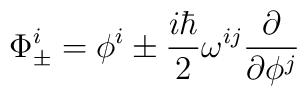
\Phi^{i}_{\pm} = \phi^i \pm   \frac{i\hbar}{2}\omega^{ij}\frac{\partial}{\partial \phi^{j}}